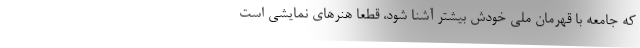
که جامعه با قهرمان ملی خودش بیشتر آشنا شود، قطعا هنرهای نمایشی است